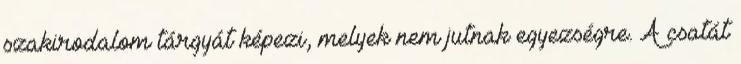
szakirodalom tárgyát képezi, melyek nem jutnak egyezségre. A csatát